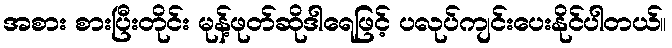
အစား စားပြီးတိုင်း မုန့်ဖုတ်ဆိုဒါရေဖြင့် ပလုပ်ကျင်းပေးနိုင်ပါတယ်။